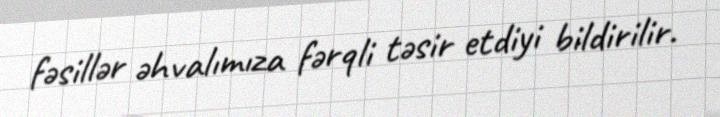
fəsillər əhvalımıza fərqli təsir etdiyi bildirilir.